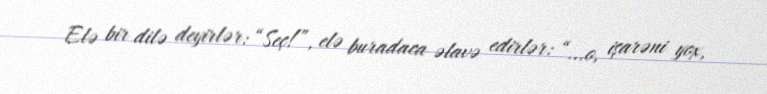
Elə bir dilə deyirlər: “Seç!”, elə buradaca əlavə edirlər: “...o, işarəni yox,